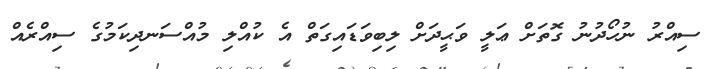
ސިއްރު ނުހޯދުނު ގޮތަށް ޢަލީ ވަޙީދަށް ލިބިވަޑައިގަތް އެ ކުއްލި މުއްސަނދިކަމުގެ ސިއްރެއް